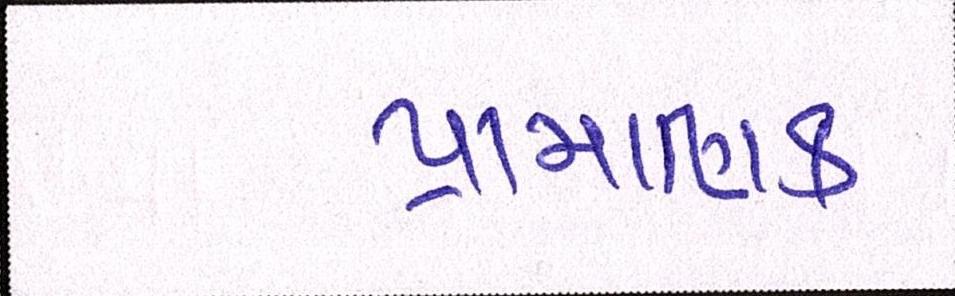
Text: પ્રામાણિક